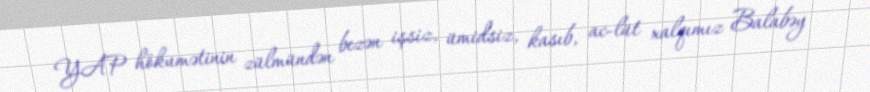
YAP hökumətinin zülmündən bezən işsiz, ümidsiz, kasıb, ac-lüt xalqımız Balabəy